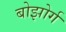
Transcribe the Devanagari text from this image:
बोझोर्ग